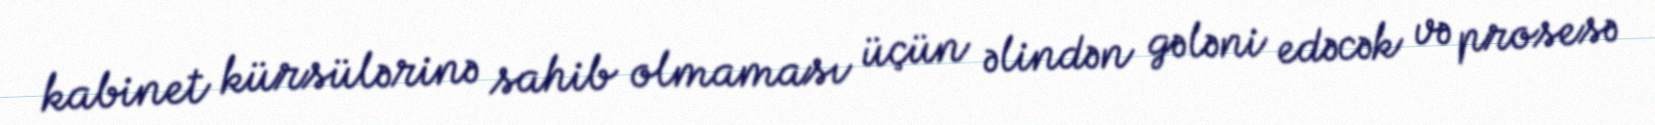
kabinet kürsülərinə sahib olmaması üçün əlindən gələni edəcək və prosesə